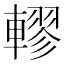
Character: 轇